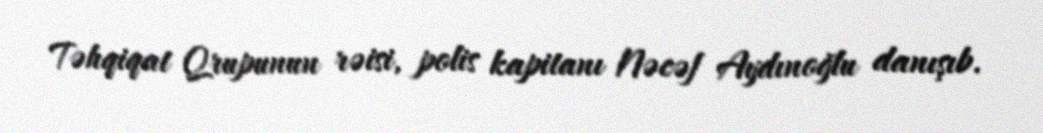
Təhqiqat Qrupunun rəisi, polis kapitanı Nəcəf Aydınoğlu danışıb.